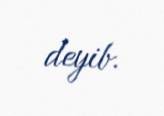
deyib.